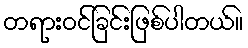
တရားဝင်ခြင်းဖြစ်ပါတယ်။